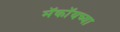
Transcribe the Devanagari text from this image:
मॅकॉयच्या